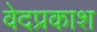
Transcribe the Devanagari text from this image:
वेदप्रकाश